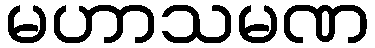
မဟာသမဏ